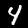
Digit: 4